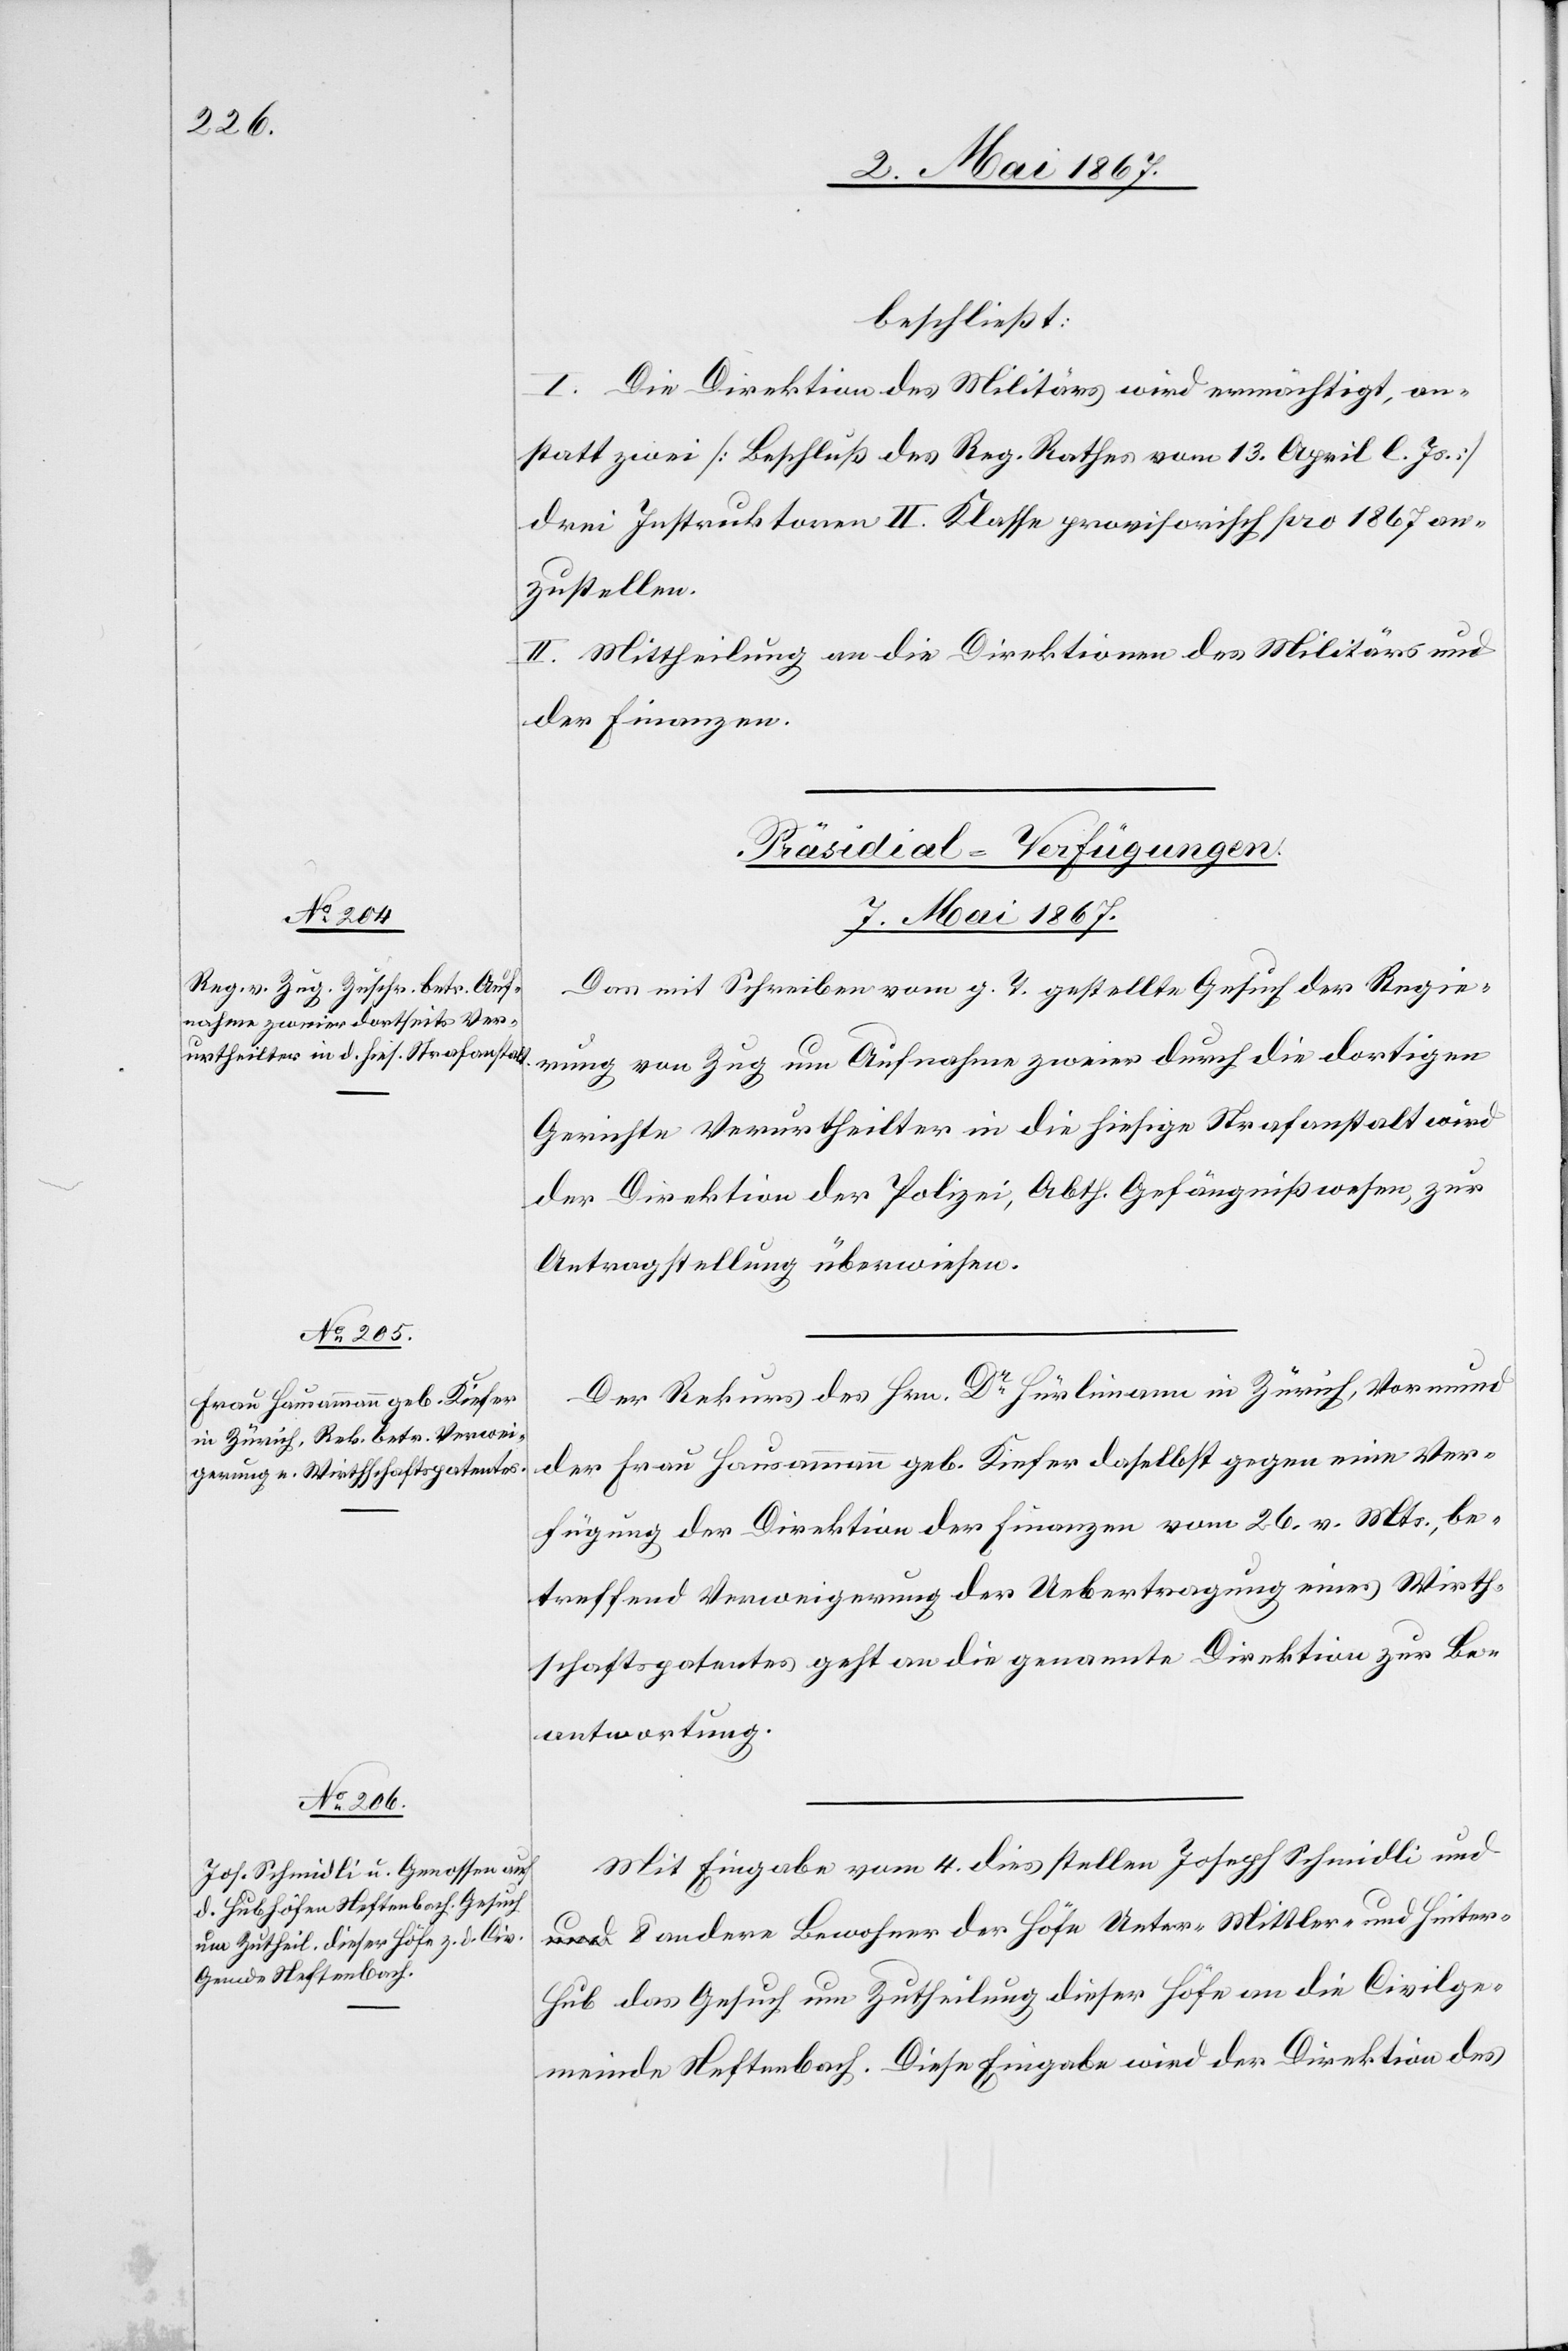
beschließt:
I. Die Direktion des Militärs wird ermächtigt, an¬
statt zwei [Beschluß des Reg. Rathes vom 13. April l. Js.]
drei Instruktoren II. Klasse provisorisch pro 1867 an¬
zustellen.
II. Mittheilung an die Direktionen des Militärs und
der Finanzen.
[Präsidial-Verfügungen.
7. Mai 1867.]
Das mit Schreiben vom g. T. gestellte Gesuch der Regierung
Gerichte Verurtheilten in die hiesige Strafanstalt wird
der Direktion der Polizei, Abth. Gefängnißwesen, zur
Antragstellung überwiesen.
Der Rekurs des Hrn. Dr. Hürlimann in Zürich, Vormund
der Frau Hausammann geb. Kiefer daselbst gegen eine Ver¬
fügung der Direktion der Finanzen vom 26. v. Mts., be¬
treffend Verweigerung der Uebertragung eines Wirth¬
schaftspatentes geht an die genannte Direktion zur Be¬
antwortung.
Mit Eingabe vom 4. dies stellen Joseph Schmidli und
8 andere Bewohner der Höfe Unter- Mittler- und Hinter-H¬
ub das Gesuch um Zutheilung dieser Höfe an die Civilge¬
meinde Neftenbach. Diese Eingabe wird der Direktion des